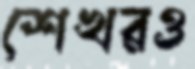
শেখরও